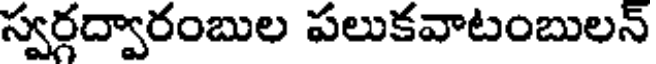
స్వర్గద్వారంబుల పలుకవాటంబులన్